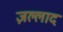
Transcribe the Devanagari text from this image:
ज़ल्लाद